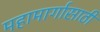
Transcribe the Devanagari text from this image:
महामार्गासाठी